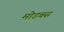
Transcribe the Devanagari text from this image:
मोडबस